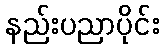
နည်းပညာပိုင်း